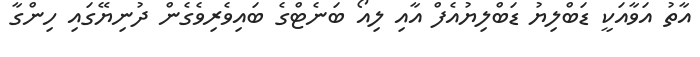
އާތު އަވާއަކީ ޑަބްލިޔު ޑަބްލިޔުއެފް އާއި ލިއޯ ބަނެޓްގެ ބައިވެރިވެގެން ދުނިޔޭގައި ހިންގާ